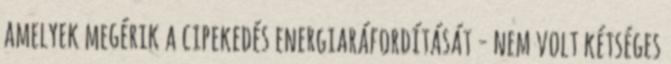
amelyek megérik a cipekedés energiaráfordítását - nem volt kétséges